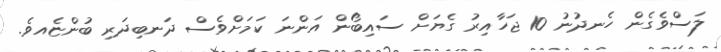
ލަސްވެގެން ހެނދުނު 10 ޖަހާއިރު ގެޔަށް ސައިބޯން އަންނަ ކަމަށްވެސް ދަނބިދަރި ބުންޏެއވެ.